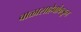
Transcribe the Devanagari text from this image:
बाळासाहेबांकडून